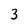
Character: 3